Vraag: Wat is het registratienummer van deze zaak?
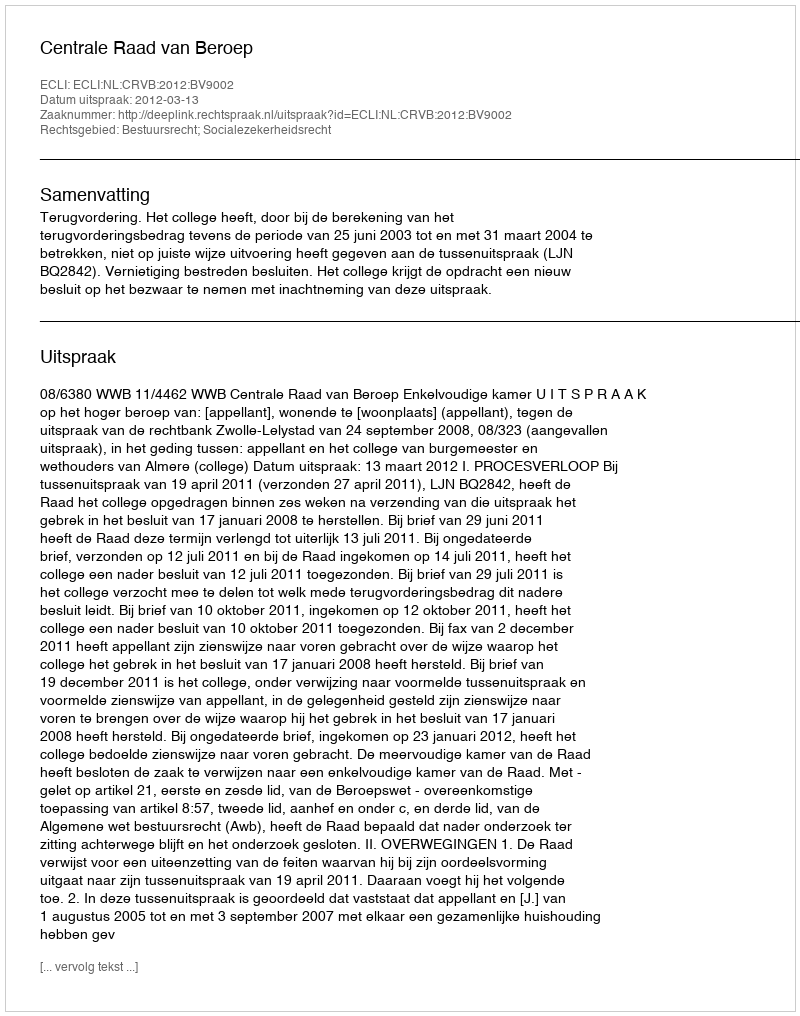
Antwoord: http://deeplink.rechtspraak.nl/uitspraak?id=ECLI:NL:CRVB:2012:BV9002